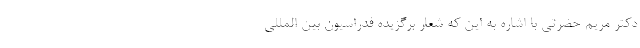
دکتر مریم حضرتی با اشاره به این که شعار برگزیده فدراسیون بین المللی